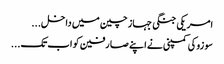
امریکی جنگی جہاز چین میں داخل...
سو زوکی کمپنی نے اپنے صا رفین کو اب تک...